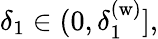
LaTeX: \delta_{1}\in(0,\delta_{1}^{(\mathrm{w})}],